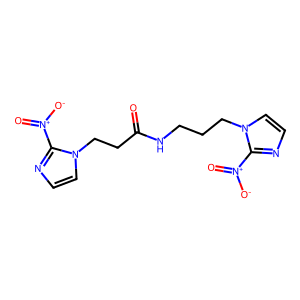
SMILES: O=C(CCn1ccnc1[N+](=O)[O-])NCCCn1ccnc1[N+](=O)[O-]
Inhibits HIV replication: No